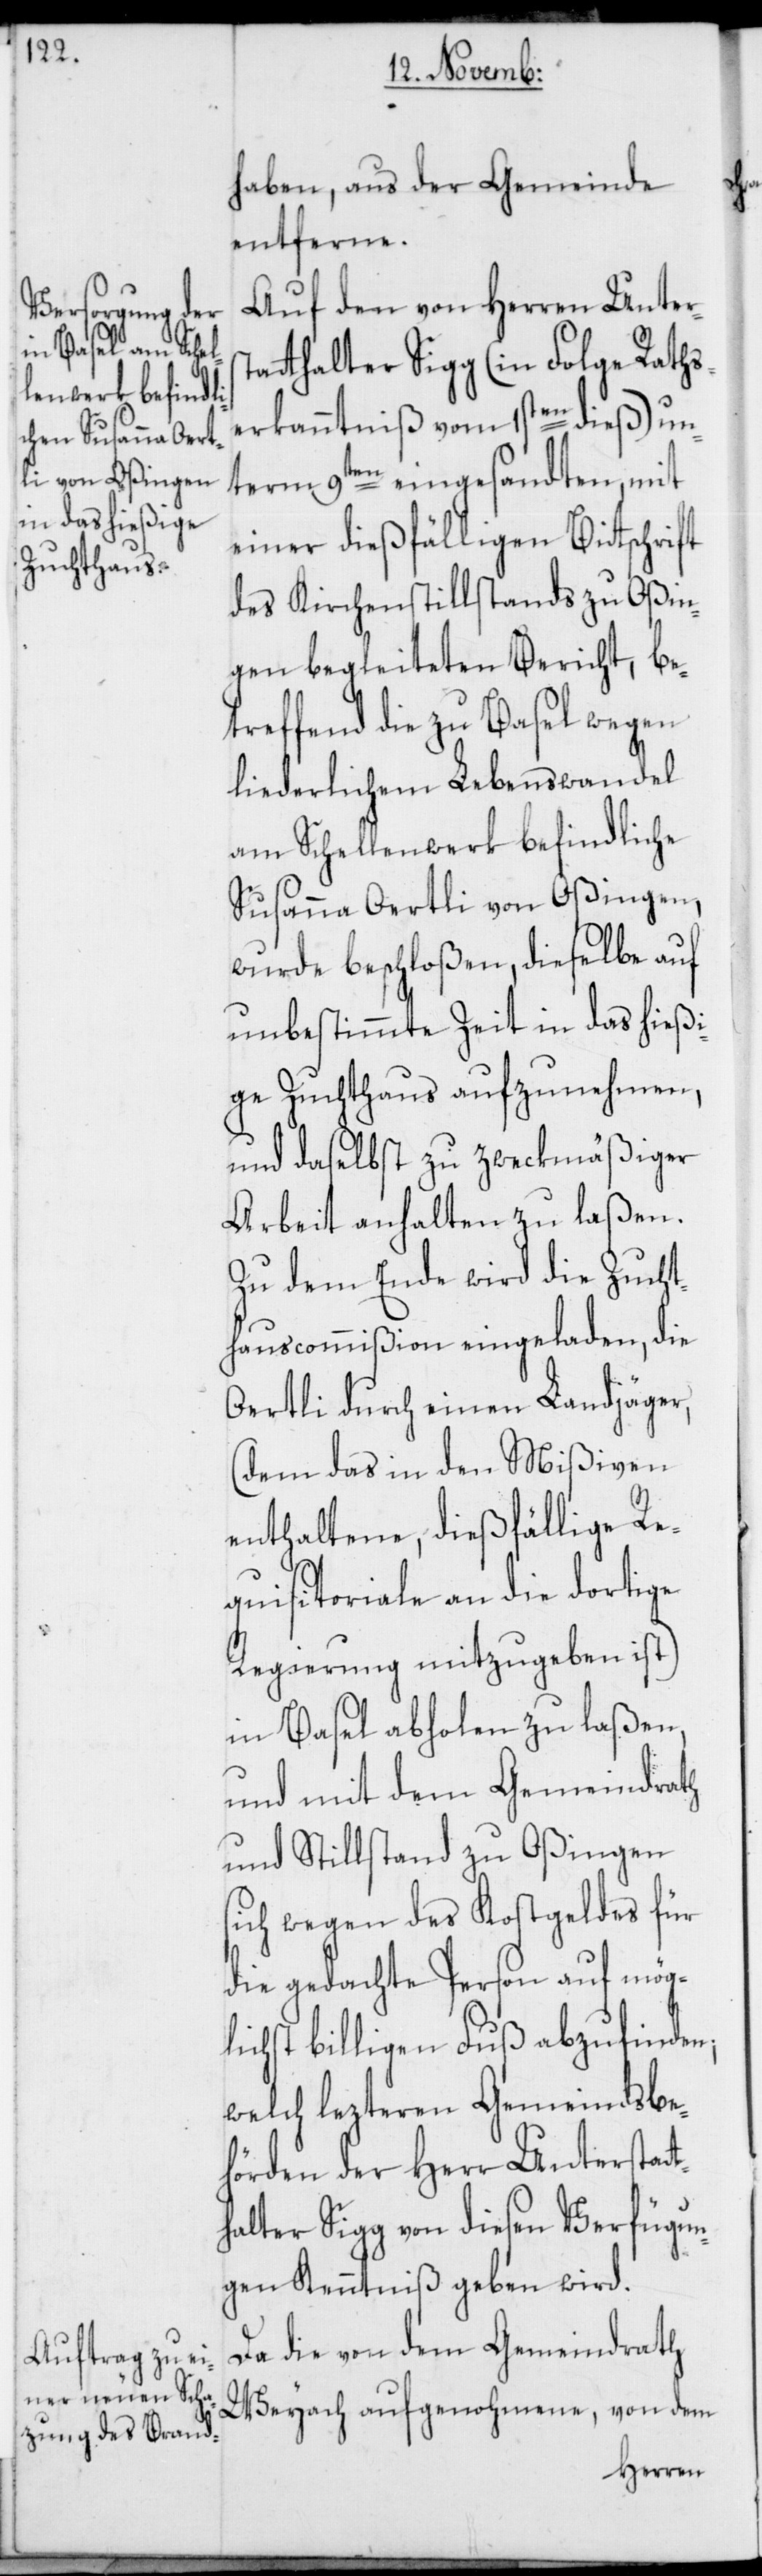
li¬

haben, aus der Gemeinde
entferne.
Auf den von Herren Unters¬
tatthalter Sigg (in Folge Raths¬
erkanntniß vom 1sten dieß) un¬
term 9ten eingesandten, mit
einer dießfälligen Bittschrift
des Kirchenstillstands zu Oßin¬
gen begleiteten Bericht, be¬
treffend die zu Basel wegen
liederlichem Lebenswandel
am Schellenwerk befindliche
Susanna Oertli von Oßingen,
wurde beschloßen, dieselbe auf
unbestimmte Zeit in das hießi¬
ge Zuchthaus aufzunehmen,
und daselbst zu zweckmäßiger
Arbeit anhalten zu laßen.
Zu dem Ende wird die Zucht¬
hauscommißion eingeladen, die
Oertli durch einen Landjäger
(dem das in den Mißiven
enthaltene, dießfällige Re¬
quisitoriale an die dortige
Regierung mitzugeben ist)
in Basel abholen zu laßen,
und mit dem Gemeindrath
und Stillstand zu Oßingen
sich wegen des Kostgeldes für
die gedachte Person auf mög¬
chst billigen Fuß abzufinden;
welch lezteren Gemeindsbe¬
hörden der Herr Unterstatt¬
halter Sigg von diesen Verfügun¬
gen Kenntniß geben wird.
Da die von dem Gemeindrath
Weyach aufgenohmene,
von dem